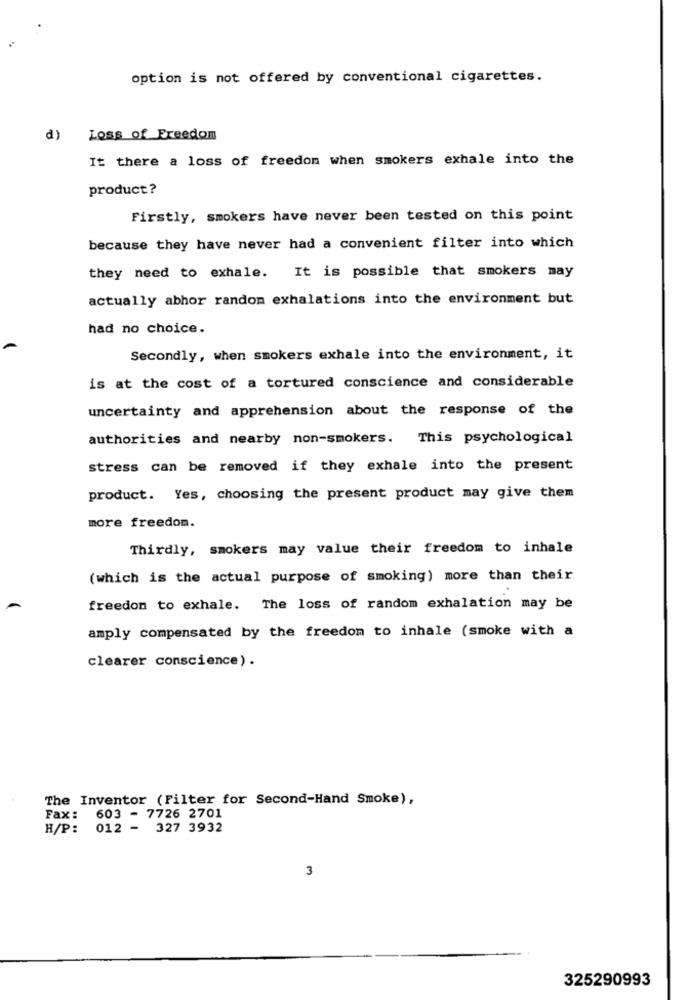
option is not offered by conventional cigarettes.
d)
Loss of Freedom
It there a loss of freedom when smokers exhale into the
product?
Firstly, smokers have never been tested on this point
because they have never had a convenient filter into which
they need to exhale. It is possible that smokers may
actually abhor random exhalations into the environment but
had no choice.
Secondly, when smokers exhale into the environment, it
is at the cost of a tortured conscience and considerable
uncertainty and apprehension about the response of the
authorities and nearby non-smokers. This psychological
stress can be removed if they exhale into the present
product. Yes, choosing the present product may give them
more freedom.
Thirdly, smokers may value their freedom to inhale
(which is the actual purpose of smoking) more than their
freedom to exhale. The loss of random exhalation may be
amply compensated by the freedom to inhale (smoke with a
clearer conscience) .
The Inventor (Filter for Second-Hand Smoke),
Fax: 603 - 7726 2701
H/P: 012 - 327 3932
3
325290993